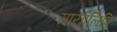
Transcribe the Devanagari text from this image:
मायालिपि